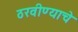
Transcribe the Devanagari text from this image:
ठरवीण्याचे